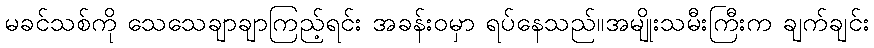
မခင်သစ်ကို သေသေချာချာကြည့်ရင်း အခန်းဝမှာ ရပ်နေသည်။အမျိုးသမီးကြီးက ချက်ချင်း